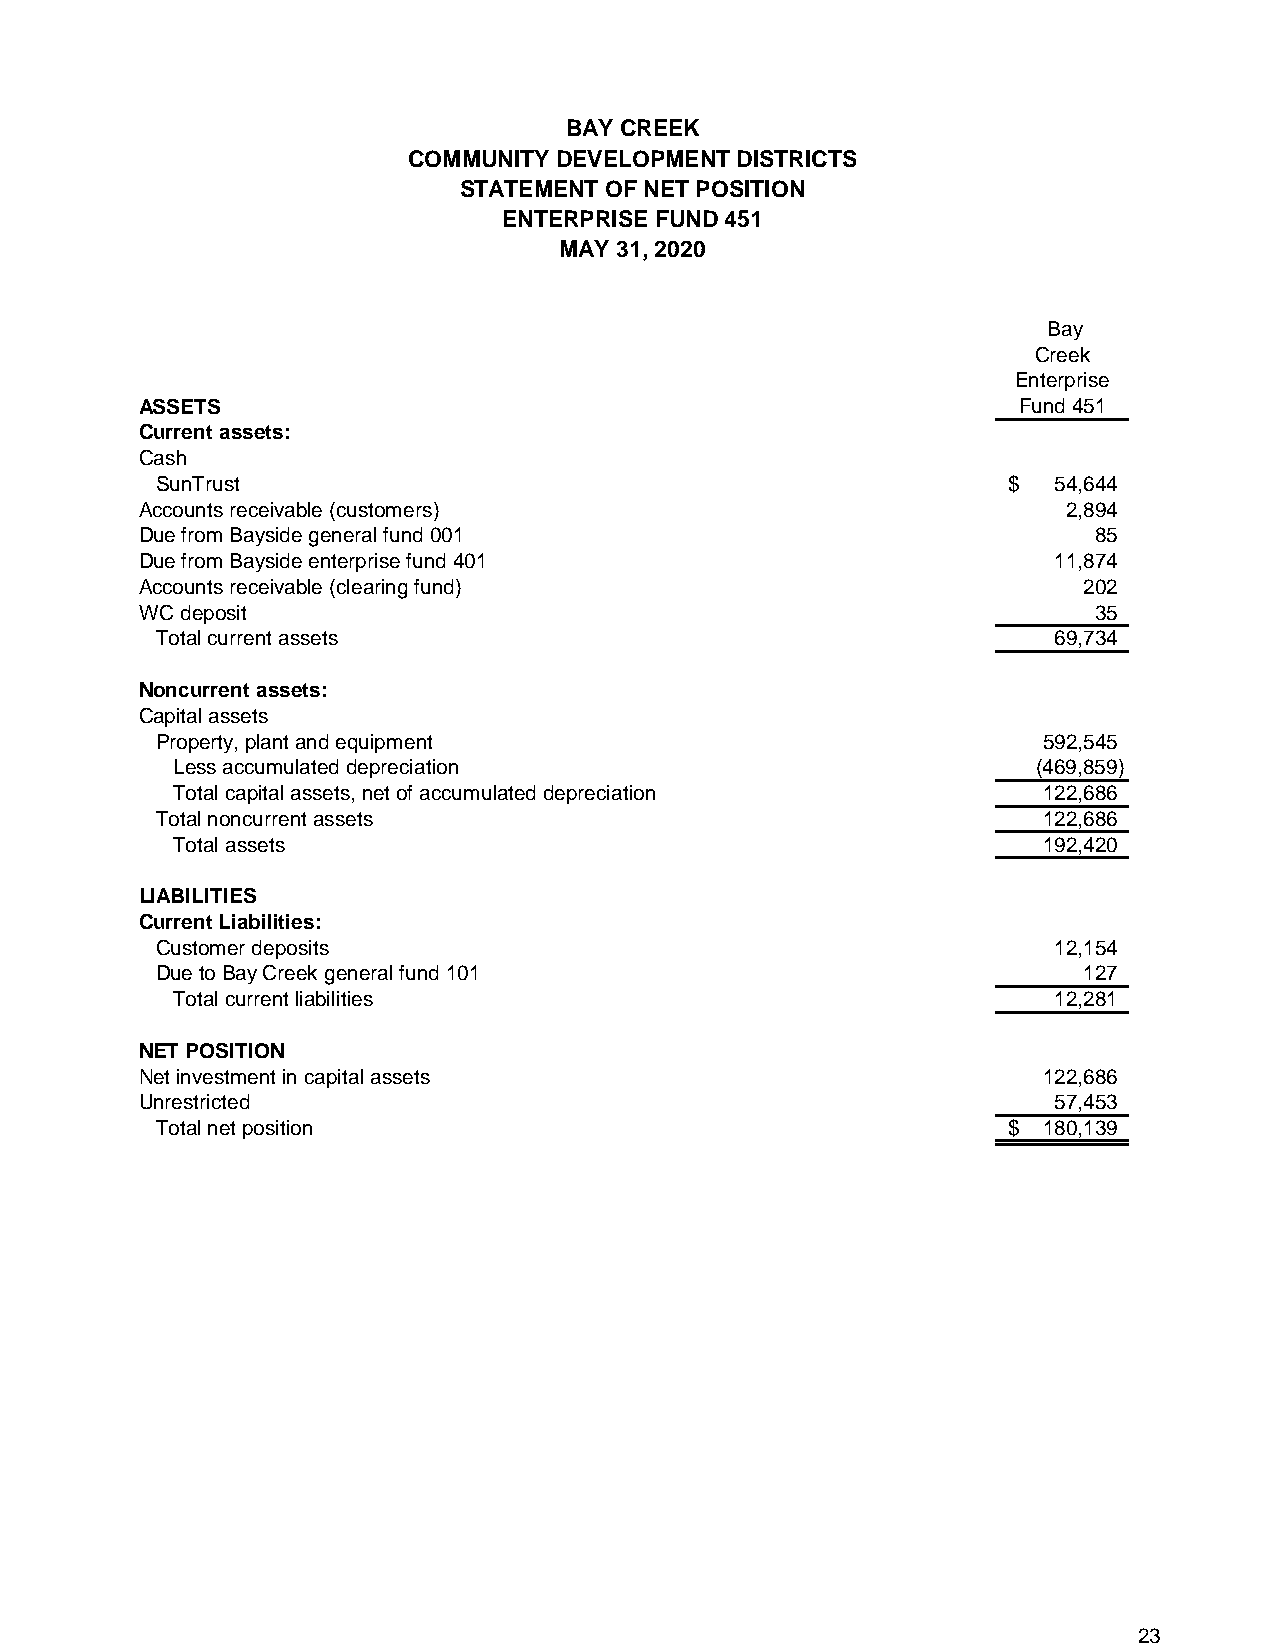
BAY CREEK
 COMMUNITY DEVELOPMENT DISTRICTS
 STATEMENT OF NET POSITION
 ENTERPRISE FUND 451
 MAY 31, 2020
 Bay
 Creek
 Enterprise
 ASSETS                                                    Fund 451
 Current assets:
 Cash
 SunTrust                                                 $  5 4,644
 Accounts receivable (customers)                               2 ,894
 Due from Bayside general fund 001                              8 5
 Due from Bayside enterprise fund 401                         1 1,874
 Accounts receivable (clearing fund)                            2 02
 WC deposit                                                     3 5
 Total current assets                                        6 9,734
 Noncurrent assets:
 Capital assets
 Property, plant and equipment                              5 92,545
 Less accumulated depreciation                             ( 469,859)
 Total capital assets, net of accumulated depreciation     122,686
 Total noncurrent assets                                    122,686
 Total assets                                              192,420
 LIABILITIES
 Current Liabilities:
 Customer deposits                                           12,154
 Due to Bay Creek general fund 101                             127
 Total current liabilities                                  1 2,281
 NET POSITION
 Net investment in capital assets                            1 22,686
 Unrestricted                                                 5 7,453
 Total net position                                       $ 1 80,139
 23